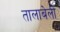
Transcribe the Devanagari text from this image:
तालाबेली